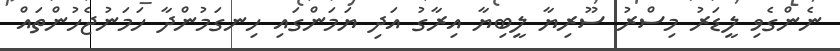
ނެންގެވި ލީޑަރު މިސްރު ސޫރިޔާ ލީބިޔާ އިރާގު އަދި ޔަމަންގައި ހިނގަމުންދާ ހަމަނުޖެހުންތައް